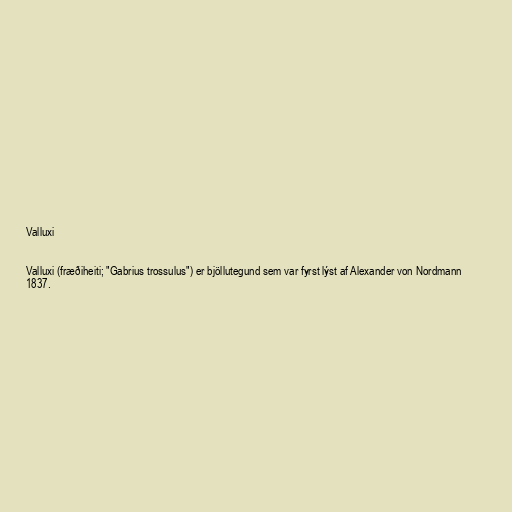
Valluxi

Valluxi (fræðiheiti; "Gabrius trossulus") er bjöllutegund sem var fyrst lýst af Alexander von Nordmann
1837.